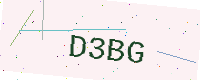
Text: D3BG